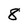
Character: 8